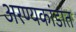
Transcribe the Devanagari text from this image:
अरण्यकांडात